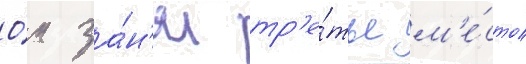
О́н за́н'ял тр'е́тье м'е́сто